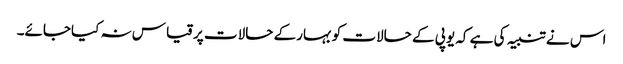
اس نے تنبیہ کی ہے کہ یوپی کے حالات کوبہارکے حالات پرقیاس نہ کیاجائے۔